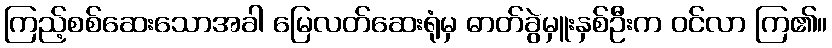
ကြည့်စစ်ဆေးသောအခါ မြေလတ်ဆေးရုံမှ ဓာတ်ခွဲမှူးနှစ်ဦးက ဝင်လာ ကြ၏။